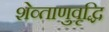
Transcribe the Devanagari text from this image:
शेव्ताणुवृद्धि